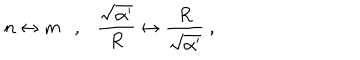
n \leftrightarrow m \ \ \ , \ \ \ \frac { \sqrt { \alpha ^ { \prime } } } { R } \leftrightarrow \frac { R } { \sqrt { \alpha ^ { \prime } } } \ ,